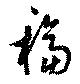
稫